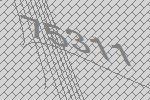
75311